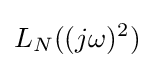
L_{N}((j\omega )^{2})